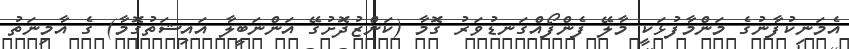
އެމަނިކުފާނުގެ މަންމާފުޅަކީ މާލޭ ފެންފޯއްގަނޑުވަރު ގޮމާ (ކަންޒުދޮށުގޭ އަންނަބީލާ އައިޝަތުގޮމާ) ގެ އާމިނަތު